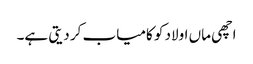
اچھی ماں اولاد کو کامیاب کر دیتی ہے۔